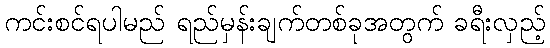
ကင်းစင်ရပါမည် ရည်မှန်းချက်တစ်ခုအတွက် ခရီးလှည့်